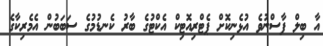
އާ ބިލް ފާސްނުވެ އުޅެނިކޮށް ޕެޓްރިއޮޓިކް އެކްޓުގެ ބާރު ކެނޑުމުގެ ސަބަބުން އެމެރިކާގެ